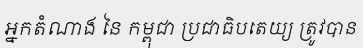
អ្នកតំណាង នៃ កម្ពុជា ប្រជាធិបតេយ្យ ត្រូវបាន